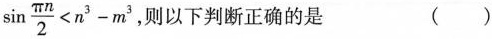
$$\sin \frac{\pi n}{2}<n^{3}-m^{3}$$ ，则以下判断正确的是 ()